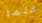
علما